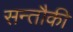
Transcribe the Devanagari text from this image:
सन्तौकी